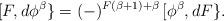
LaTeX: \begin{align*}[F,d\phi^\beta \}=(-)^{F(\beta +1)+\beta }\,[\phi^\beta ,dF\}.\end{align*}